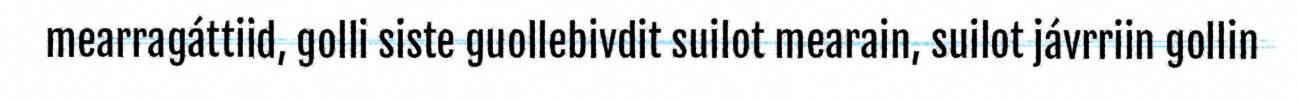
mearragáttiid, golli siste guollebivdit suilot mearain, suilot jávrriin gollin